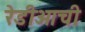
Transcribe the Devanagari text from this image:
रेडीओची